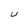
Character: U